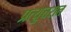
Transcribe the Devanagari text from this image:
प्रत्युत्तरात